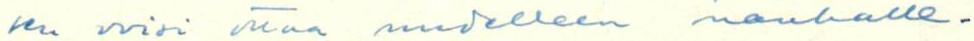
sen voisi ottaa uudelleen nauhalle.